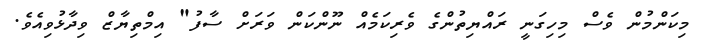
މިކަންމުން ވެސް މިހިގަނީ ރައްޔިތުންގެ ވެރިކަމެއް ނޫންކަން ވަރަށް ސާފު" އިމްތިޔާޒް ވިދާޅުވިއެވެ.